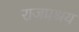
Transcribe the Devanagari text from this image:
राजप्रश्रय